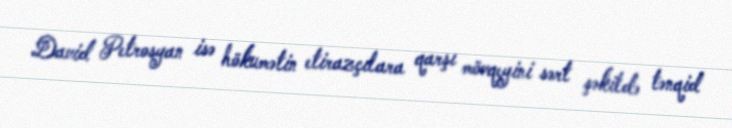
David Petrosyan isə hökumətin etirazçılara qarşı mövqeyini sərt şəkildə tənqid